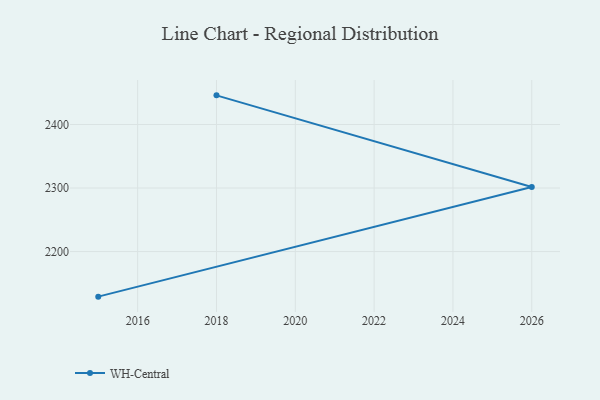
{"axis": {"x": "Year", "y": "Active Users"}, "legend": ["WH-Central"], "data": [{"x": "2018", "y": 2445.9, "type": "WH-Central"}, {"x": "2026", "y": 2301.7, "type": "WH-Central"}, {"x": "2015", "y": 2129.1, "type": "WH-Central"}]}